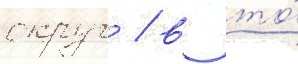
округ / в то́